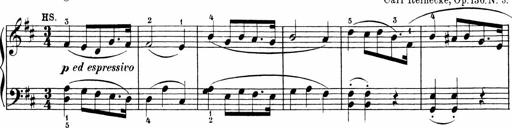
Title: 6 Sonatinas
Composer: Carl Reinecke